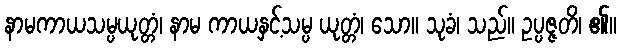
နာမကာယသမ္ပယုတ္တံ၊ နာမ ကာယနှင့်သမ္ပ ယုတ္တံ၊ သော။ သုခံ၊ သည်။ ဥပ္ပဇ္ဇတိ၊ ၏။